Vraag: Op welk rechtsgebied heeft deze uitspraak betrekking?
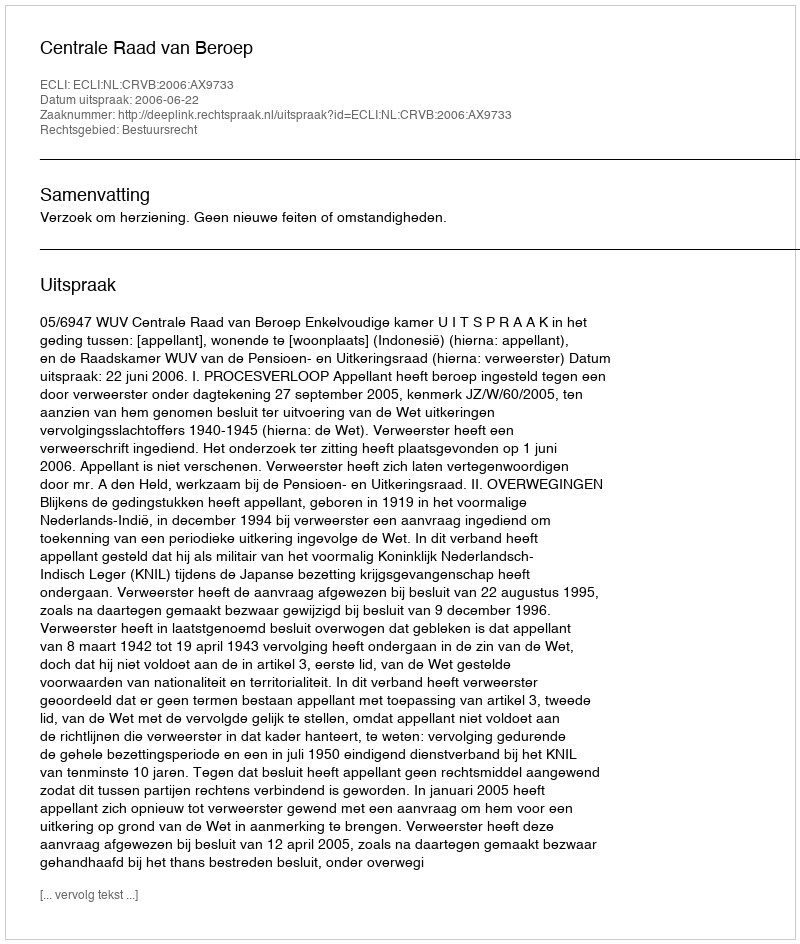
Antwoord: Bestuursrecht